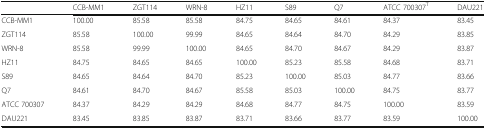
|  | CCB-MM1 | ZGT114 | WRN-8 | HZ11 | S89 | Q7 | ATCC 700307T | DAU221 |
 | --- | --- | --- | --- | --- | --- | --- | --- | --- |
 | CCB-MM1 | 100.00 | 85.58 | 85.58 | 84.75 | 84.65 | 84.61 | 84.37 | 83.45 |
 | ZGT114 | 85.58 | 100.00 | 99.99 | 84.65 | 84.64 | 84.70 | 84.29 | 83.85 |
 | WRN-8 | 85.58 | 99.99 | 100.00 | 84.65 | 84.70 | 84.67 | 84.29 | 83.87 |
 | HZ11 | 84.75 | 84.65 | 84.65 | 100.00 | 85.23 | 85.58 | 84.68 | 83.71 |
 | S89 | 84.65 | 84.64 | 84.70 | 85.23 | 100.00 | 85.03 | 84.77 | 83.66 |
 | Q7 | 84.61 | 84.70 | 84.67 | 85.58 | 85.03 | 100.00 | 84.75 | 83.77 |
 | ATCC 700307 | 84.37 | 84.29 | 84.29 | 84.68 | 84.77 | 84.75 | 100.00 | 83.59 |
 | DAU221 | 83.45 | 83.85 | 83.87 | 83.71 | 83.66 | 83.77 | 83.59 | 100.00 |